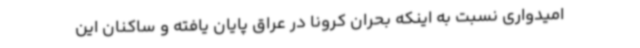
امیدواری نسبت به اینکه بحران کرونا در عراق پایان یافته و ساکنان این